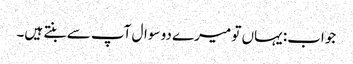
جواب: یہاں تو میرے دو سوال آپ سے بنتے ہیں۔